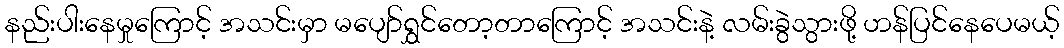
နည်းပါးနေမှုကြောင့် အသင်းမှာ မပျော်ရွှင်တော့တာကြောင့် အသင်းနဲ့ လမ်းခွဲသွားဖို့ ဟန်ပြင်နေပေမယ့်